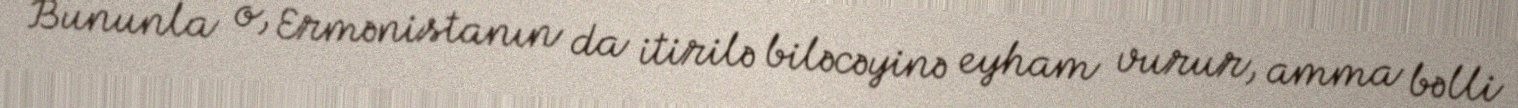
Bununla o, Ermənistanın da itirilə biləcəyinə eyham vurur, amma bəlli